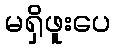
မရှိဖူးပေ